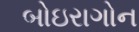
બોઇરાગોન